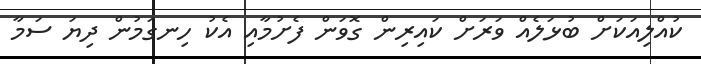
ކުއްލިއަކަށް ބުޅަލެއް ވަރަށް ކައިރިން ގޮވަން ފެށުމާއި އެކު ހިނގަމުން ދިޔަ ސަމާ